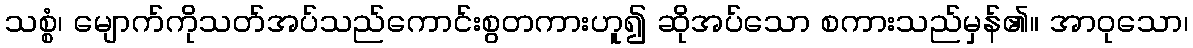
သစ္စံ၊ မျောက်ကိုသတ်အပ်သည်ကောင်းစွတကားဟူ၍ ဆိုအပ်သော စကားသည်မှန်၏။ အာဝုသော၊